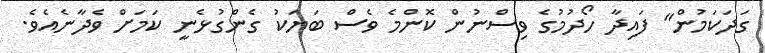
ގަދަކަމުން" ފައިދާ ހޯދުމުގެ ވިސްނުން ކޮންމެ ވެސް ބަޔަކު ގެންގުޅެނީ ކަމަށް ވެދާނެއެވެ.